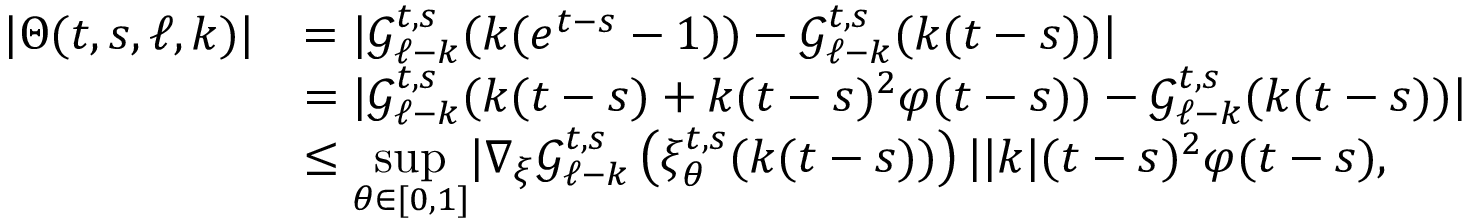
\begin{array} { r l } { \vert \Theta ( t , s , \ell , k ) \vert } & { = \vert \mathcal { G } _ { \ell - k } ^ { t , s } ( k ( e ^ { t - s } - 1 ) ) - \mathcal { G } _ { \ell - k } ^ { t , s } ( k ( t - s ) ) \vert } \\ & { = \vert \mathcal { G } _ { \ell - k } ^ { t , s } ( k ( t - s ) + k ( t - s ) ^ { 2 } \varphi ( t - s ) ) - \mathcal { G } _ { \ell - k } ^ { t , s } ( k ( t - s ) ) \vert } \\ & { \leq \underset { \theta \in [ 0 , 1 ] } { \operatorname* { s u p } } \vert \nabla _ { \xi } \mathcal { G } _ { \ell - k } ^ { t , s } \left( \xi _ { \theta } ^ { t , s } ( k ( t - s ) ) \right) \vert \vert k \vert ( t - s ) ^ { 2 } \varphi ( t - s ) , } \end{array}